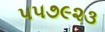
૫૫૭૯૨૩